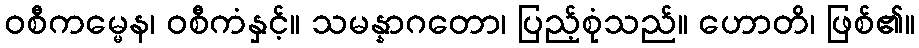
ဝစီကမ္မေန၊ ဝစီကံနှင့်။ သမန္နာဂတော၊ ပြည့်စုံသည်။ ဟောတိ၊ ဖြစ်၏။